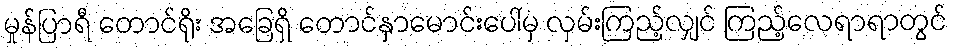
မှုန်ပြာရီ တောင်ရိုး အခြေရှိ တောင်နှာမောင်းပေါ်မှ လှမ်းကြည့်လျှင် ကြည့်လေရာရာတွင်